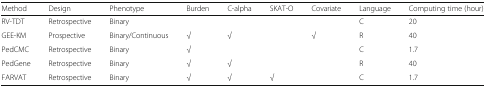
<table><thead><tr><td><b>Method</b></td><td><b>Design</b></td><td><b>Phenotype</b></td><td><b>Burden</b></td><td><b>C-alpha</b></td><td><b>SKAT-O</b></td><td><b>Covariate</b></td><td><b>Language</b></td><td><b>Computing time (hour)</b></td></tr></thead><tbody><tr><td>RV-TDT</td><td>Retrospective</td><td>Binary</td><td></td><td></td><td></td><td></td><td>C</td><td>20</td></tr><tr><td>GEE-KM</td><td>Prospective</td><td>Binary/Continuous</td><td>√</td><td>√</td><td></td><td>√</td><td>R</td><td>40</td></tr><tr><td>PedCMC</td><td>Retrospective</td><td>Binary</td><td>√</td><td></td><td></td><td></td><td>C</td><td>1.7</td></tr><tr><td>PedGene</td><td>Retrospective</td><td>Binary</td><td>√</td><td>√</td><td></td><td></td><td>R</td><td>40</td></tr><tr><td>FARVAT</td><td>Retrospective</td><td>Binary</td><td>√</td><td>√</td><td>√</td><td></td><td>C</td><td>1.7</td></tr></tbody></table>